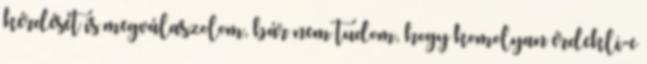
kérdését is megválaszolom, bár nem tudom, hogy komolyan érdekli-e